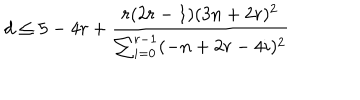
LaTeX: d \leq 5 - 4 r + \frac { r ( 2 r - 1 ) ( 3 n + 2 r ) ^ { 2 } } { \sum _ { i = 0 } ^ { r - 1 } ( - n + 2 r - 4 i ) ^ { 2 } }